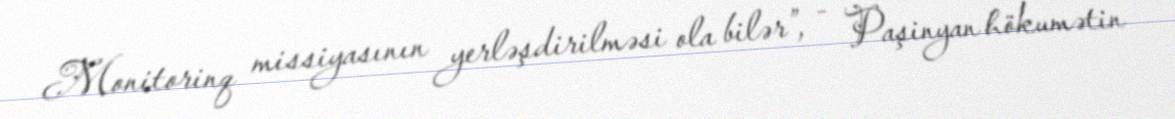
Monitorinq missiyasının yerləşdirilməsi ola bilər”, - Paşinyan hökumətin